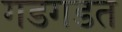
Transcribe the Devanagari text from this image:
गडगडत